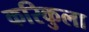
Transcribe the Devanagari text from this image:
करिकुला